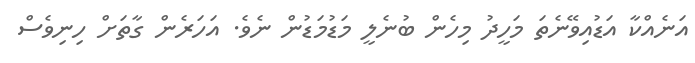
އަނެއްކާ އަޑުއިވޭނެތަ މަހީދު މިހެން ބުނެލީ މަޑުމަޑުން ނެވެ. އަހަރެން ގާތަށް ހިނިވެސް